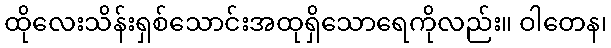
ထိုလေးသိန်းရှစ်သောင်းအထုရှိသောရေကိုလည်း။ ဝါတေန၊